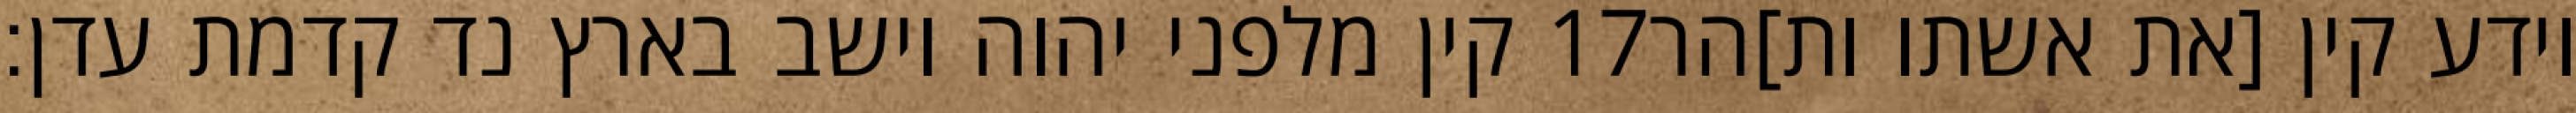
קין מלפני יהוה וישב בארץ נד קדמת עדן׃ ‎17‏ וידע קין [את אשתו ות]הר